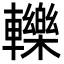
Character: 轢